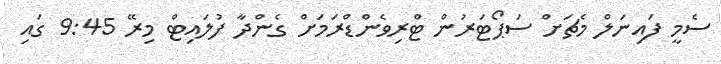
ސެމީ ފައިނަލް މެޗަށް ސަޕޯޓަރުން ޓްރިވެންޑްރަމަށް ގެންދާ ފުލައިޓް މިރޭ 9:45 ގައި